Annual report of the Punjab Veterinary College and of the Civil Veterinary Department, Punjab - 1909-1919
Year: 1909
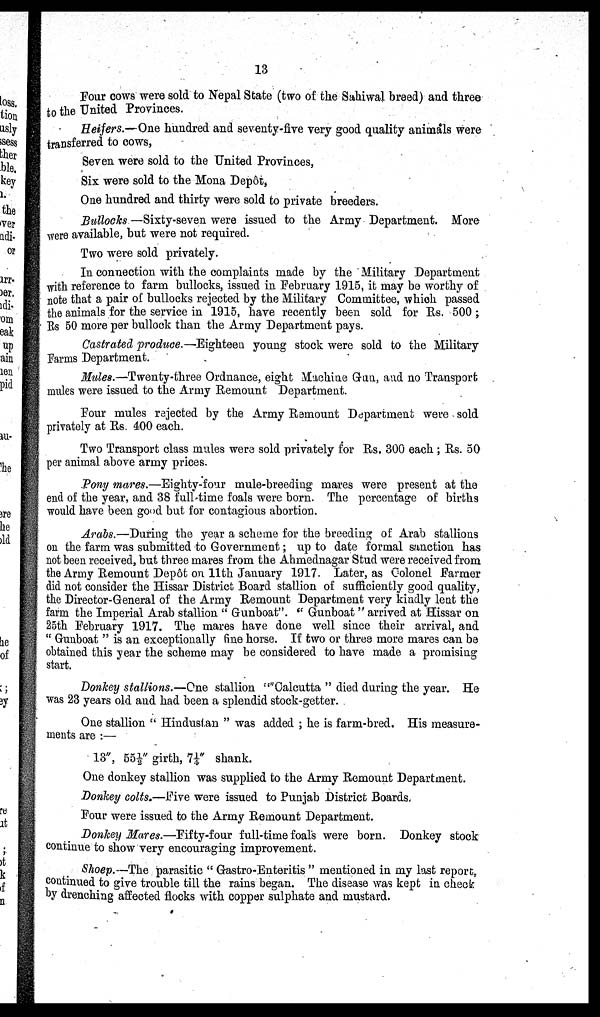
13
Four cows were sold to Nepal State (two of the Sahiwal breed) and three
to the United Provinces.
Heifers.—One hundred and seventy-five very good quality animals were
transferred to cows,
Seven were sold to the United Provinces,
Six were sold to the Mona Depôt,
One hundred and thirty were sold to private breeders.
Bullocks —Sixty-seven were issued to the Army Department. More
were available, but were not required.
Two were sold privately.
In connection with the complaints made by the Military Department
with reference to farm bullocks, issued in February 1915, it may be worthy of
note that a pair of bullocks rejected by the Military Committee, which passed
the animals for the service in 1915, have recently been sold for Rs. 500 ;
Rs 50 more per bullock than the Army Department pays.
Castrated -produce.—Eighteen young stock were sold to the Military
Farms Department.
Mules.—Twenty-three Ordnance, eight Machine Gun, and no Transport
mules were issued to the Army Remount Department.
Four mules rejected by the Army Remount Department were sold
privately at Rs. 400 each.
Two Transport class mules were sold privately for Rs. 300 each ; Rs. 50
per animal above army prices.
Pony mares.—Eighty-four mule-breeding mares were present at the
end of the year, and 38 full-time foals were born. The percentage of births
would have been good but for contagious abortion.
Arabs.—During the year a scheme for the breeding of Arab stallions
on the farm was submitted to Government ; up to date formal sanction has
not been received, but three mares from the Ahmednagar Stud were received from
the Army Remount Depôt on 11th January 1917. Later, as Colonel Farmer
did not consider the Hissar District Board stallion of sufficiently good quality,
the Director-General of the Army Remount Department very kindly lent the
farm the Imperial Arab stallion "Gunboat". '' Gunboat " arrived at Hissar on
25th February 1917. The mares have done well since their arrival, and
"Gunboat" is an exceptionally fine horse. If two or three more mares can be
obtained this year the scheme may be considered to have made a promising
start.
Donkey stallions.—One stallion " Calcutta " died during the year. He
was 23 years old and had been a splendid stock-getter.
One stallion " Hindustan " was added ; he is farm-bred. His measure-
ments are :—
13", 55½" girth, 71/4" shank.
One donkey stallion was supplied to the Army Remount Department.
Donkey colts.—Five were issued to Punjab District Boards.
Four were issued to the Army Remount Department.
Donkey Mares.—Fifty-four full-time foals were born. Donkey stock
continue to show very encouraging improvement.
Shoep.—The parasitic "Gastro-Enteritis" mentioned in my last report,
continued to give trouble till the rains began. The disease was kept in check
by drenching affected flocks with copper sulphate and mustard.